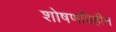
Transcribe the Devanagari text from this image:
शोषणविहीन